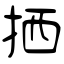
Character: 拪